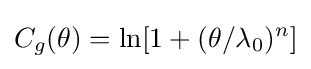
C_{g}(\theta )={\mbox{ln}}[1+(\theta /\lambda _{0})^{n}]